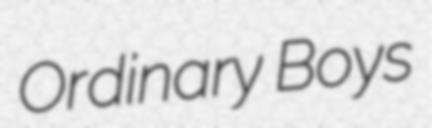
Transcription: Ordinary Boys